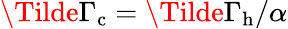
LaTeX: \Tilde{\Gamma}_{\mathrm{c}}=\Tilde{\Gamma}_{\mathrm{h}}/\alpha